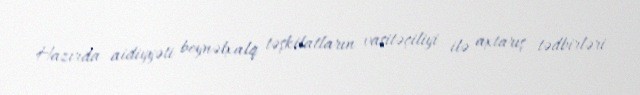
Hazırda aidiyyəti beynəlxalq təşkilatların vasitəçiliyi ilə axtarış tədbirləri